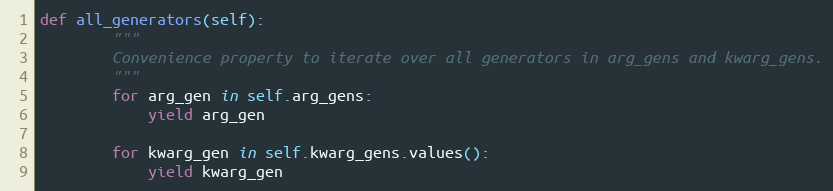
Language: Python
def all_generators(self):
        """
        Convenience property to iterate over all generators in arg_gens and kwarg_gens.
        """
        for arg_gen in self.arg_gens:
            yield arg_gen

        for kwarg_gen in self.kwarg_gens.values():
            yield kwarg_gen